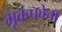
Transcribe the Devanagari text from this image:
भूकंपवेत्ता